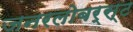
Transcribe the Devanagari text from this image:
जनरलोबर्स्ट